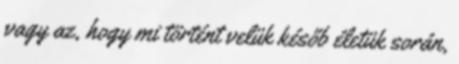
vagy az, hogy mi történt velük későb életük során,